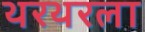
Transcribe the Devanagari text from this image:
थरथरला